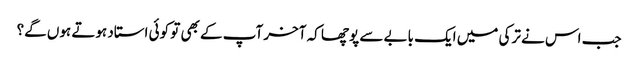
جب اس نے ترکی میں ایک بابے سے پوچھا کہ آخر آپ کے بھی تو کوئی استاد ہوتے ہوں گے؟